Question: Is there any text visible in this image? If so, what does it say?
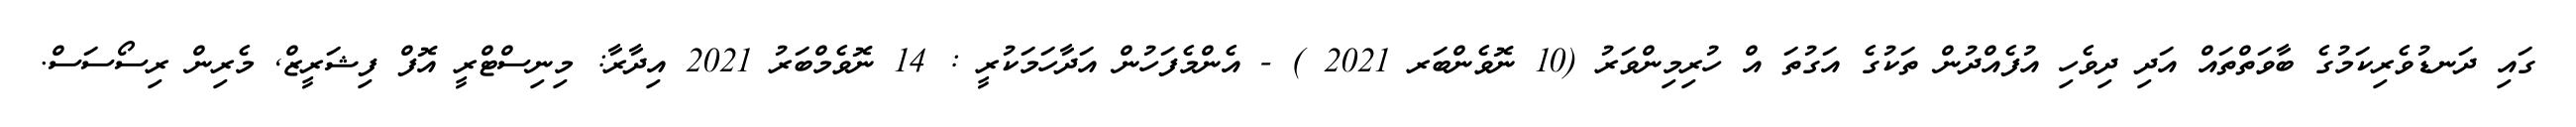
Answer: ގައި ދަނޑުވެރިކަމުގެ ބާވަތްތައް އަދި ދިވެހި އުފެއްދުން ތަކުގެ އަގުތަ އް ހުރިމިންވަރު (10 ނޮވެންބަރ 2021 ) - އެންމެފަހުން އަދާހަމަކުރީ : 14 ނޮވެމްބަރު 2021 އިދާރާ: މިނިސްޓްރީ އޮފް ފިޝަރީޒް, މެރިން ރިސޯސަސް.